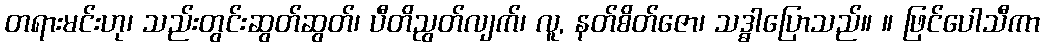
တရားမင်းဟု၊ သည်းတွင်းဆွတ်ဆွတ်၊ ပီတိညွတ်လျက်၊ လူ, နတ်စိတ်ဇော၊ သဒ္ဓါပြောသည်။ ။ ဖြင်ပေါသီကာ